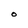
Character: O